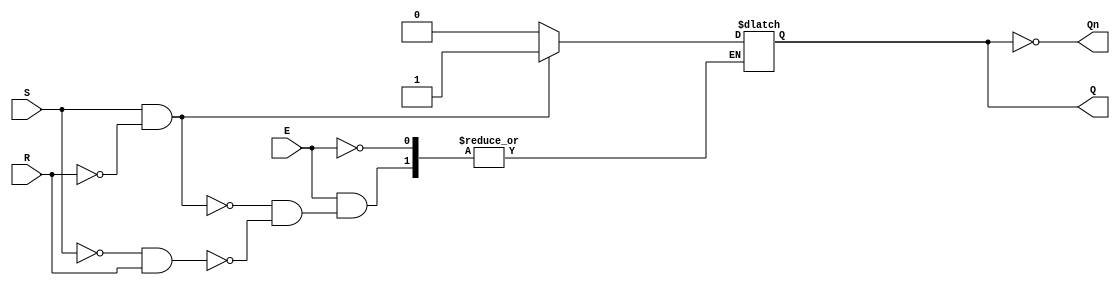
module gated_sr_latch (
    input wire S,       // Set input
    input wire R,       // Reset input
    input wire E,       // Enable input
    output reg Q,       // Output
    output wire Qn      // Complementary output
);

    // Complementary output
    assign Qn = ~Q;

    always @ (E or S or R) begin
        if (E) begin
            if (S && !R) begin
                Q <= 1'b1; // Set the output
            end else if (!S && R) begin
                Q <= 1'b0; // Reset the output
            end
            // If both S and R are low, retain previous state (hold)
            // If both S and R are high, the state is indeterminate
        end
        // If E is low, retain the previous state (hold)
    end

endmodule